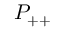
P _ { + + }